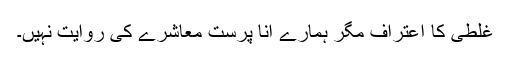
غلطی کا اعتراف مگر ہمارے انا پرست معاشرے کی روایت نہیں۔